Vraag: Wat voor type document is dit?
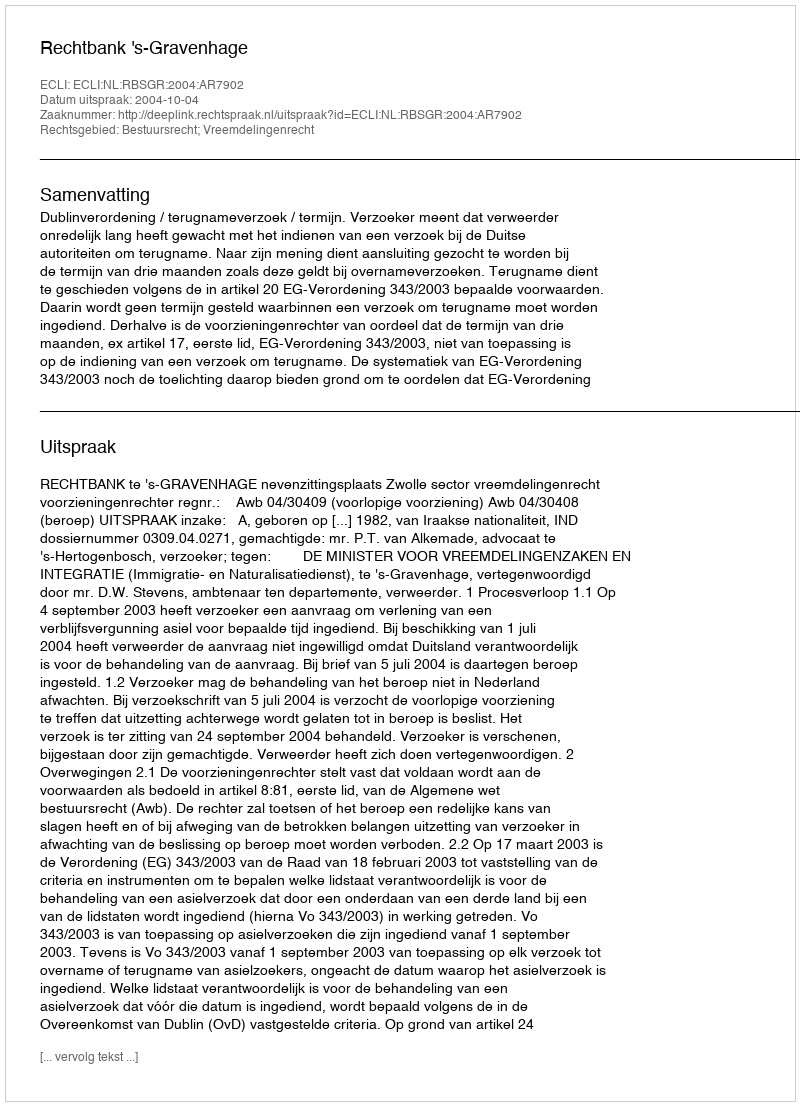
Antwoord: Uitspraak